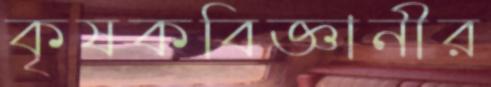
কৃষকবিজ্ঞানীর